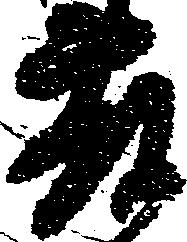
藤